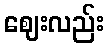
ဈေးလည်း